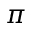
\pi